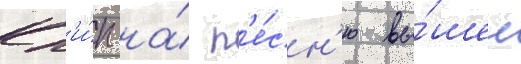
Кл'и́п на́ п'е́сн'ю вы́шел